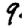
Digit: 9